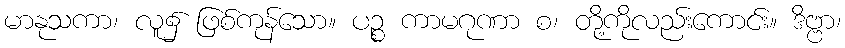
မာနုသကာ၊ လူ၌ ဖြစ်ကုန်သော။ ပဉ္စ ကာမဂုဏာ စ၊ တို့ကိုလည်းကောင်း။ ဒိဗ္ဗာ၊